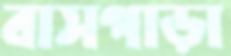
বাসপাড়া